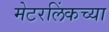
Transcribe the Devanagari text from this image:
मेटरलिंकच्या